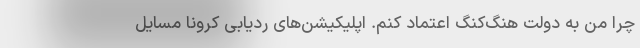
چرا من به دولت هنگ‌کنگ اعتماد کنم. اپلیکیشن‌های ردیابی کرونا مسایل